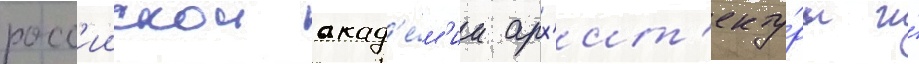
росс'иискои акад'е́м'ии арх'ит'екту́ры и́